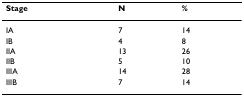
<table><thead><tr><td><b>Stage</b></td><td><b>N</b></td><td><b>%</b></td></tr></thead><tbody><tr><td>IA</td><td>7</td><td>14</td></tr><tr><td>IB</td><td>4</td><td>8</td></tr><tr><td>IIA</td><td>13</td><td>26</td></tr><tr><td>IIB</td><td>5</td><td>10</td></tr><tr><td>IIIA</td><td>14</td><td>28</td></tr><tr><td>IIIB</td><td>7</td><td>14</td></tr></tbody></table>